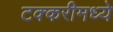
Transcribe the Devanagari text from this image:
टक्करीमध्ये